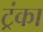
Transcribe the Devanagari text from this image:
ट्रंका